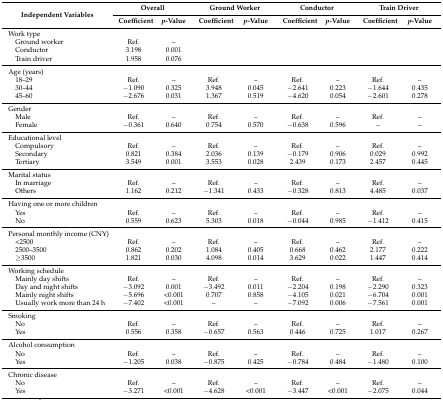
<table><thead><tr><td rowspan="2"><b>Independent Variables</b></td><td colspan="2"><b>Overall</b></td><td colspan="2"><b>Ground Worker</b></td><td colspan="2"><b>Conductor</b></td><td colspan="2"><b>Train Driver</b></td></tr><tr><td><b>Coefficient</b></td><td><b><i>p</i>-Value</b></td><td><b>Coefficient</b></td><td><b><i>p</i>-Value</b></td><td><b>Coefficient</b></td><td><b><i>p</i>-Value</b></td><td><b>Coefficient</b></td><td><b><i>p</i>-Value</b></td></tr></thead><tbody><tr><td colspan="3">Work type</td><td colspan="2"></td><td colspan="2"></td><td colspan="2"></td></tr><tr><td> Ground worker</td><td>Ref.</td><td>–</td><td></td><td></td><td></td><td></td><td></td><td></td></tr><tr><td> Conductor</td><td>3.198</td><td>0.001</td><td></td><td></td><td></td><td></td><td></td><td></td></tr><tr><td> Train driver</td><td>1.958</td><td>0.076</td><td></td><td></td><td></td><td></td><td></td><td></td></tr><tr><td colspan="9">Age (years)</td></tr><tr><td> 18–29</td><td>Ref.</td><td>–</td><td>Ref.</td><td>–</td><td>Ref.</td><td>–</td><td>Ref.</td><td>–</td></tr><tr><td> 30–44</td><td>−1.090</td><td>0.325</td><td>3.948</td><td>0.045</td><td>−2.641</td><td>0.223</td><td>−1.644</td><td>0.435</td></tr><tr><td> 45–60</td><td>−2.676</td><td>0.031</td><td>1.367</td><td>0.519</td><td>−4.620</td><td>0.054</td><td>−2.601</td><td>0.278</td></tr><tr><td colspan="9">Gender</td></tr><tr><td> Male</td><td>Ref.</td><td>–</td><td>Ref.</td><td>–</td><td>Ref.</td><td>–</td><td>Ref.</td><td>–</td></tr><tr><td> Female</td><td>−0.361</td><td>0.640</td><td>0.754</td><td>0.570</td><td>−0.638</td><td>0.596</td><td>–</td><td>–</td></tr><tr><td colspan="9">Educational level</td></tr><tr><td> Compulsory</td><td>Ref.</td><td>–</td><td>Ref.</td><td>–</td><td>Ref.</td><td>–</td><td>Ref.</td><td>–</td></tr><tr><td> Secondary</td><td>0.821</td><td>0.384</td><td>2.036</td><td>0.139</td><td>−0.179</td><td>0.906</td><td>0.029</td><td>0.992</td></tr><tr><td> Tertiary</td><td>3.549</td><td>0.001</td><td>3.553</td><td>0.028</td><td>2.439</td><td>0.173</td><td>2.457</td><td>0.445</td></tr><tr><td colspan="9">Marital status</td></tr><tr><td> In marriage</td><td>Ref.</td><td>–</td><td>Ref.</td><td>–</td><td>Ref.</td><td>–</td><td>Ref.</td><td>–</td></tr><tr><td> Others</td><td>1.162</td><td>0.212</td><td>−1.341</td><td>0.433</td><td>−0.328</td><td>0.813</td><td>4.485</td><td>0.037</td></tr><tr><td colspan="9">Having one or more children</td></tr><tr><td> Yes</td><td>Ref.</td><td>–</td><td>Ref.</td><td>–</td><td>Ref.</td><td>–</td><td>Ref.</td><td>–</td></tr><tr><td> No</td><td>0.559</td><td>0.623</td><td>5.303</td><td>0.018</td><td>−0.044</td><td>0.985</td><td>−1.412</td><td>0.415</td></tr><tr><td colspan="9">Personal monthly income (CNY)</td></tr><tr><td> &lt;2500</td><td>Ref.</td><td>–</td><td>Ref.</td><td>–</td><td>Ref.</td><td>–</td><td>Ref.</td><td>–</td></tr><tr><td> 2500–3500</td><td>0.862</td><td>0.202</td><td>1.084</td><td>0.405</td><td>0.668</td><td>0.462</td><td>2.177</td><td>0.222</td></tr><tr><td> ≥3500</td><td>1.821</td><td>0.030</td><td>4.098</td><td>0.014</td><td>3.629</td><td>0.022</td><td>1.447</td><td>0.414</td></tr><tr><td colspan="9">Working schedule</td></tr><tr><td> Mainly day shifts</td><td>Ref.</td><td>–</td><td>Ref.</td><td>–</td><td>Ref.</td><td>–</td><td>Ref.</td><td>–</td></tr><tr><td> Day and night shifts</td><td>−3.092</td><td>0.001</td><td>−3.492</td><td>0.011</td><td>−2.204</td><td>0.198</td><td>−2.290</td><td>0.323</td></tr><tr><td> Mainly night shifts</td><td>−5.696</td><td>&lt;0.001</td><td>0.707</td><td>0.858</td><td>−4.105</td><td>0.021</td><td>−6.704</td><td>0.001</td></tr><tr><td> Usually work more than 24 h</td><td>−7.402</td><td>&lt;0.001</td><td>–</td><td>–</td><td>−7.092</td><td>0.006</td><td>−7.561</td><td>0.001</td></tr><tr><td colspan="9">Smoking</td></tr><tr><td> No</td><td>Ref.</td><td>–</td><td>Ref.</td><td>–</td><td>Ref.</td><td>–</td><td>Ref.</td><td>–</td></tr><tr><td> Yes</td><td>0.556</td><td>0.358</td><td>−0.657</td><td>0.563</td><td>0.446</td><td>0.725</td><td>1.017</td><td>0.267</td></tr><tr><td colspan="9">Alcohol consumption</td></tr><tr><td> No</td><td>Ref.</td><td>–</td><td>Ref.</td><td>–</td><td>Ref.</td><td>–</td><td>Ref.</td><td>–</td></tr><tr><td> Yes</td><td>−1.205</td><td>0.038</td><td>−0.875</td><td>0.425</td><td>−0.784</td><td>0.484</td><td>−1.480</td><td>0.100</td></tr><tr><td colspan="9">Chronic disease</td></tr><tr><td> No</td><td>Ref.</td><td>–</td><td>Ref.</td><td>–</td><td>Ref.</td><td>–</td><td>Ref.</td><td>–</td></tr><tr><td> Yes</td><td>−3.271</td><td>&lt;0.001</td><td>−4.628</td><td>&lt;0.001</td><td>−3.447</td><td>&lt;0.001</td><td>−2.075</td><td>0.044</td></tr></tbody></table>